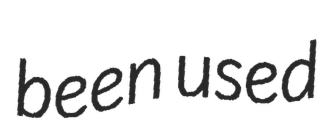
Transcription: been used